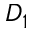
D _ { 1 }